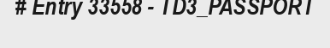
# Entry 33558 - TD3_PASSPORT